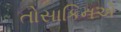
તોસાકિનએ